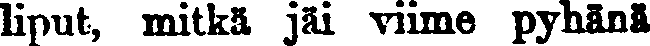
liput, mitkä jäi viime pyhänä